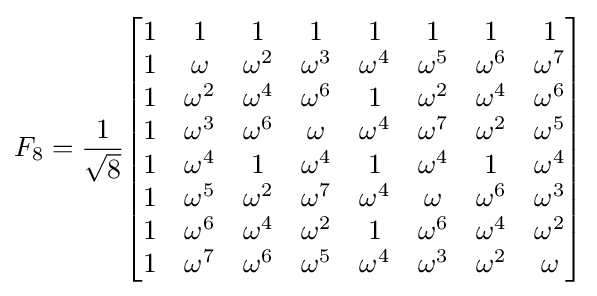
F_{8}={\frac {1}{\sqrt {8}}}{\begin{bmatrix}1&1&1&1&1&1&1&1\\1&\omega &\omega ^{2}&\omega ^{3}&\omega ^{4}&\omega ^{5}&\omega ^{6}&\omega ^{7}\\1&\omega ^{2}&\omega ^{4}&\omega ^{6}&1&\omega ^{2}&\omega ^{4}&\omega ^{6}\\1&\omega ^{3}&\omega ^{6}&\omega &\omega ^{4}&\omega ^{7}&\omega ^{2}&\omega ^{5}\\1&\omega ^{4}&1&\omega ^{4}&1&\omega ^{4}&1&\omega ^{4}\\1&\omega ^{5}&\omega ^{2}&\omega ^{7}&\omega ^{4}&\omega &\omega ^{6}&\omega ^{3}\\1&\omega ^{6}&\omega ^{4}&\omega ^{2}&1&\omega ^{6}&\omega ^{4}&\omega ^{2}\\1&\omega ^{7}&\omega ^{6}&\omega ^{5}&\omega ^{4}&\omega ^{3}&\omega ^{2}&\omega \\\end{bmatrix}}